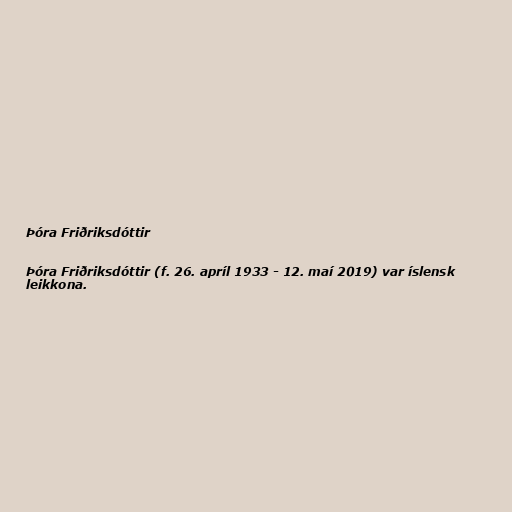
Þóra Friðriksdóttir

Þóra Friðriksdóttir (f. 26. apríl 1933 - 12. maí 2019) var íslensk
leikkona.